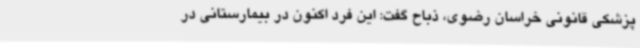
پزشکی قانونی خراسان رضوی، ذباح گفت: این فرد اکنون در بیمارستانی در